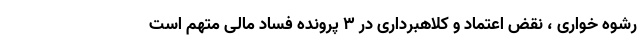
رشوه خواری ، نقض اعتماد و کلاهبرداری در 3 پرونده فساد مالی متهم است